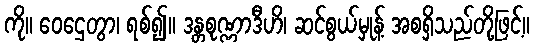
ကို။ ဝေဌေတွာ၊ ရစ်၍။ ဒန္တစုဏ္ဏာဒီဟိ၊ ဆင်စွယ်မှုန့် အစရှိသည်တို့ဖြင့်။